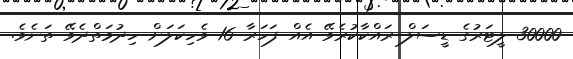
30000 ލީޓަރުގެ ޑީސަލް ރައްކާކުރެވޭ އެއް ފަހަރާ 16 ވެހިކަލަށް ހިދުމަތްދެވޭ ތަނެވެ.